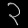
Digit: ၃